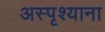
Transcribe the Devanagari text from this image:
अस्पृश्याना